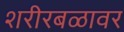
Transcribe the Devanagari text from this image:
शरीरबळावर